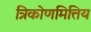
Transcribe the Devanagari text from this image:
त्रिकोणमित्तिय